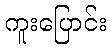
ကူးပြောင်း